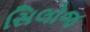
સિલોજ